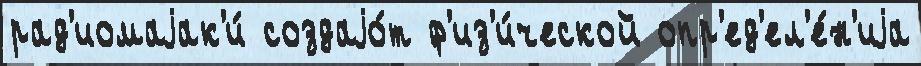
рад'иомаjак'и́ создаjо́т ф'из'и́ческой опр'ед'ел'е́н'иjа